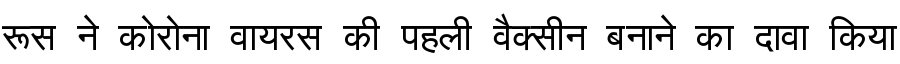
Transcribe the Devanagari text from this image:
रूस ने कोरोना वायरस की पहली वैक्सीन बनाने का दावा किया